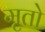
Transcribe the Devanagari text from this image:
मृतो